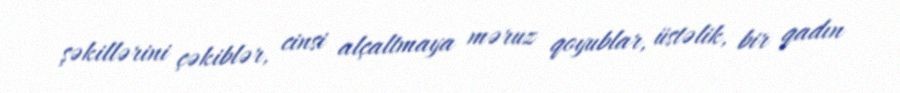
şəkillərini çəkiblər, cinsi alçaltmaya məruz qoyublar, üstəlik, bir qadın